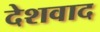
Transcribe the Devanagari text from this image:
देशवाद